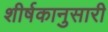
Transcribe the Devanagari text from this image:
शीर्षकानुसारी